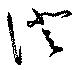
澄